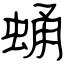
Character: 蛹